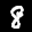
Label: 8